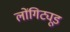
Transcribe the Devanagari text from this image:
लोंगिट्यूड